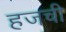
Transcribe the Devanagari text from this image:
हजची